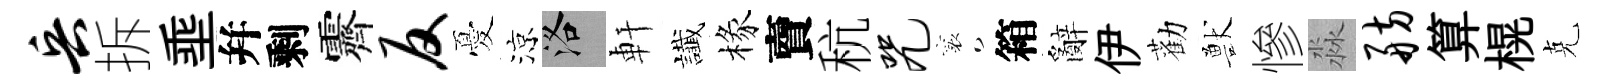
兵拆埀幷剩霽反憂涼洛軒䜟椽𧶠秔咒襄箱辭伊勸獸慘淼舫算榥克